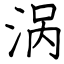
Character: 涡